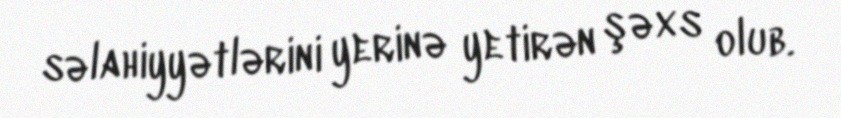
səlahiyyətlərini yerinə yetirən şəxs olub.